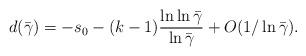
LaTeX: \begin{align*} d(\bar\gamma) = -s_0 - (k-1)\frac{\ln\ln\bar\gamma}{\ln\bar\gamma} + O(1/\ln\bar\gamma).\end{align*}